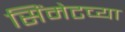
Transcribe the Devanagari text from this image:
सिंमेटच्या